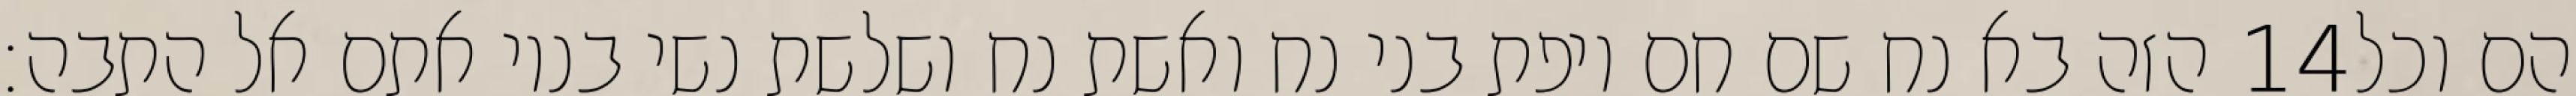
הזה בא נח שם חם ויפת בני נח ואשת נח ושלשת נשי בניו אתם אל התבה׃ ‎14‏ הם וכל